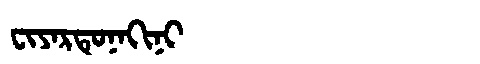
Manchu: ᠸᡳᠶᠠᡵᡨᡠᠨᠠᡴᡳᠨᡳ
Romanization: FIYARTUNAKINI